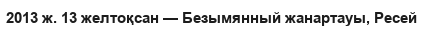
2013 ж. 13 желтоқсан — Безымянный жанартауы, Ресей